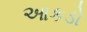
આકડો